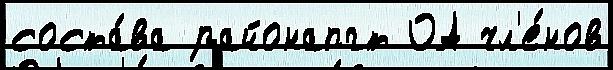
соста́ва районапгт ОА чл'е́нов